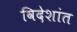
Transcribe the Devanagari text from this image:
विदेशांत